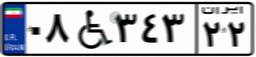
۰۸W۳۴۳۲۲